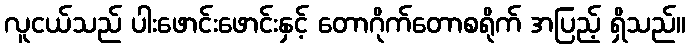
လူငယ်သည် ပါးဖောင်းဖောင်းနှင့် တောဂိုက်တောစရိုက် အပြည့် ရှိသည်။